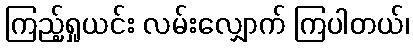
ကြည့်ရှုယင်း လမ်းလျှောက် ကြပါတယ်၊